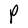
Character: P